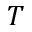
T